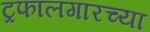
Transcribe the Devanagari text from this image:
ट्रफालगारच्या